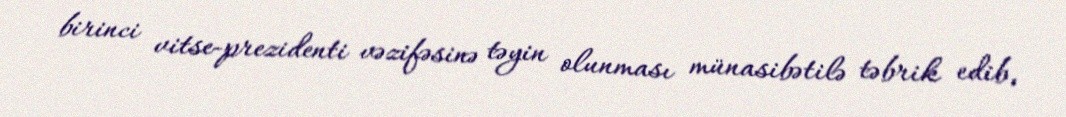
birinci vitse-prezidenti vəzifəsinə təyin olunması münasibətilə təbrik edib,